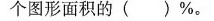
个图形面积的( )%。